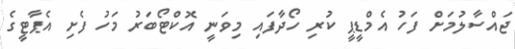
ޖައްސާލުމަށް ފަހު އެމްޑީޕީ ކުރި ހޯދާފައި މިވަނީ އޮކްޓޯބަރު މަހު ފެށި އެޕާޓީގެ